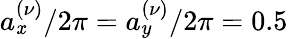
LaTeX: a_{\mathit{x}}^{(\nu)}/2\pi=a_{y}^{(\nu)}/2\pi=0.5